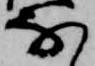
な